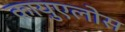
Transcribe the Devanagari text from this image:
कायुएलोस